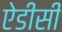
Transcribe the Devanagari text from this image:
ऐडीसी